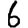
Digit: 6